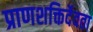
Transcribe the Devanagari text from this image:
प्राणशक्तिर्देवता